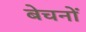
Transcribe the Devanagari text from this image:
बेचनों